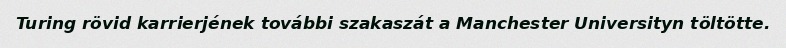
Turing rövid karrierjének további szakaszát a Manchester Universityn töltötte.